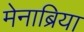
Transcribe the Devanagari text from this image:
मेनाब्रिया